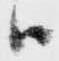
ハ